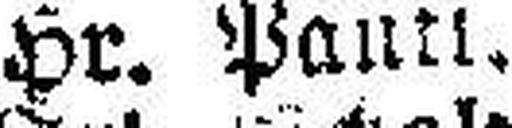
Hr. Pantl.